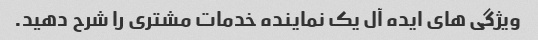
ویژگی های ایده آل یک نماینده خدمات مشتری را شرح دهید.